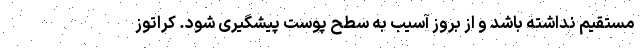
مستقیم نداشته باشد و از بروز آسیب به سطح پوست پیشگیری شود. کراتوز